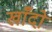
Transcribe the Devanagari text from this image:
खाँदो